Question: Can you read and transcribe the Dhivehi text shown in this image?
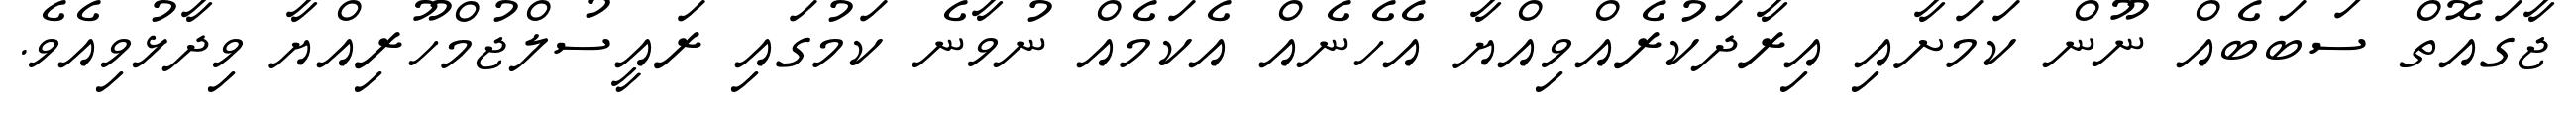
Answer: ޖާގައޮތް ސަބަބެއް ނޫން ކަމަށާއި އިރާދަކުރެއްވިއްޔާ އެހެނެއް އެކަމެއް ނުވާނެ ކަމުގައި ރައީސުލްޖުމްހޫރިއްޔާ ވިދާޅުވިއެވެ.